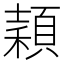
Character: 𥢙